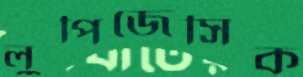
লুপিজেসিক